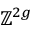
\mathbb { Z } ^ { 2 g }